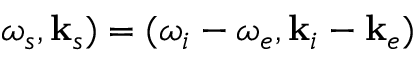
\omega _ { s } , \mathbf { k } _ { s } ) = ( \omega _ { i } - \omega _ { e } , \mathbf { k } _ { i } - \mathbf { k } _ { e } )